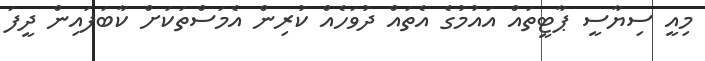
މިއީ ސިޔާސީ ޕާޓީތައް އައުމުގެ އެތައް ދުވަހެއް ކުރިން އެމަސްތަކަށް ކާބަފައިން ދީފަ